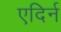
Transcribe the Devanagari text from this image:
एदिर्न